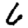
Digit: 6